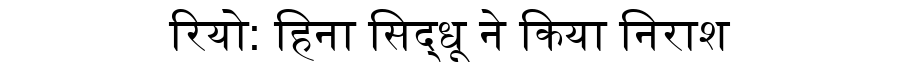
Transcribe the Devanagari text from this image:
रियो: हिना सिद्धू ने किया निराश